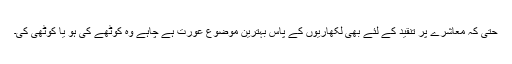
حتیٰ کہ معاشرے پر تنقید کے لئے بھی لکھاریوں کے پاس بہترین موضوع عورت ہے چاہے وہ کوٹھے کی ہو یا کوٹھی کی۔